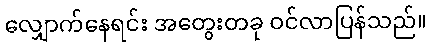
လျှောက်နေရင်း အတွေးတခု ဝင်လာပြန်သည်။